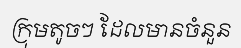
ក្រុមតូចៗ ដែលមានចំនួន